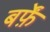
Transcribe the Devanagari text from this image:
बर्फ़ें